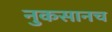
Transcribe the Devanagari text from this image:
नुकसानच